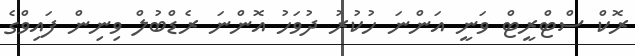
ރޮކް ސްޓްރީޓް ވަނީ އަންނަ ހުކުރު ދުވަހު އޮންނަ ރެޑްބުލް ވިނިން ފައިވްގެ